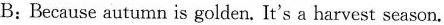
B:Because autumn is golden. It's a harvest season.